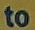
to